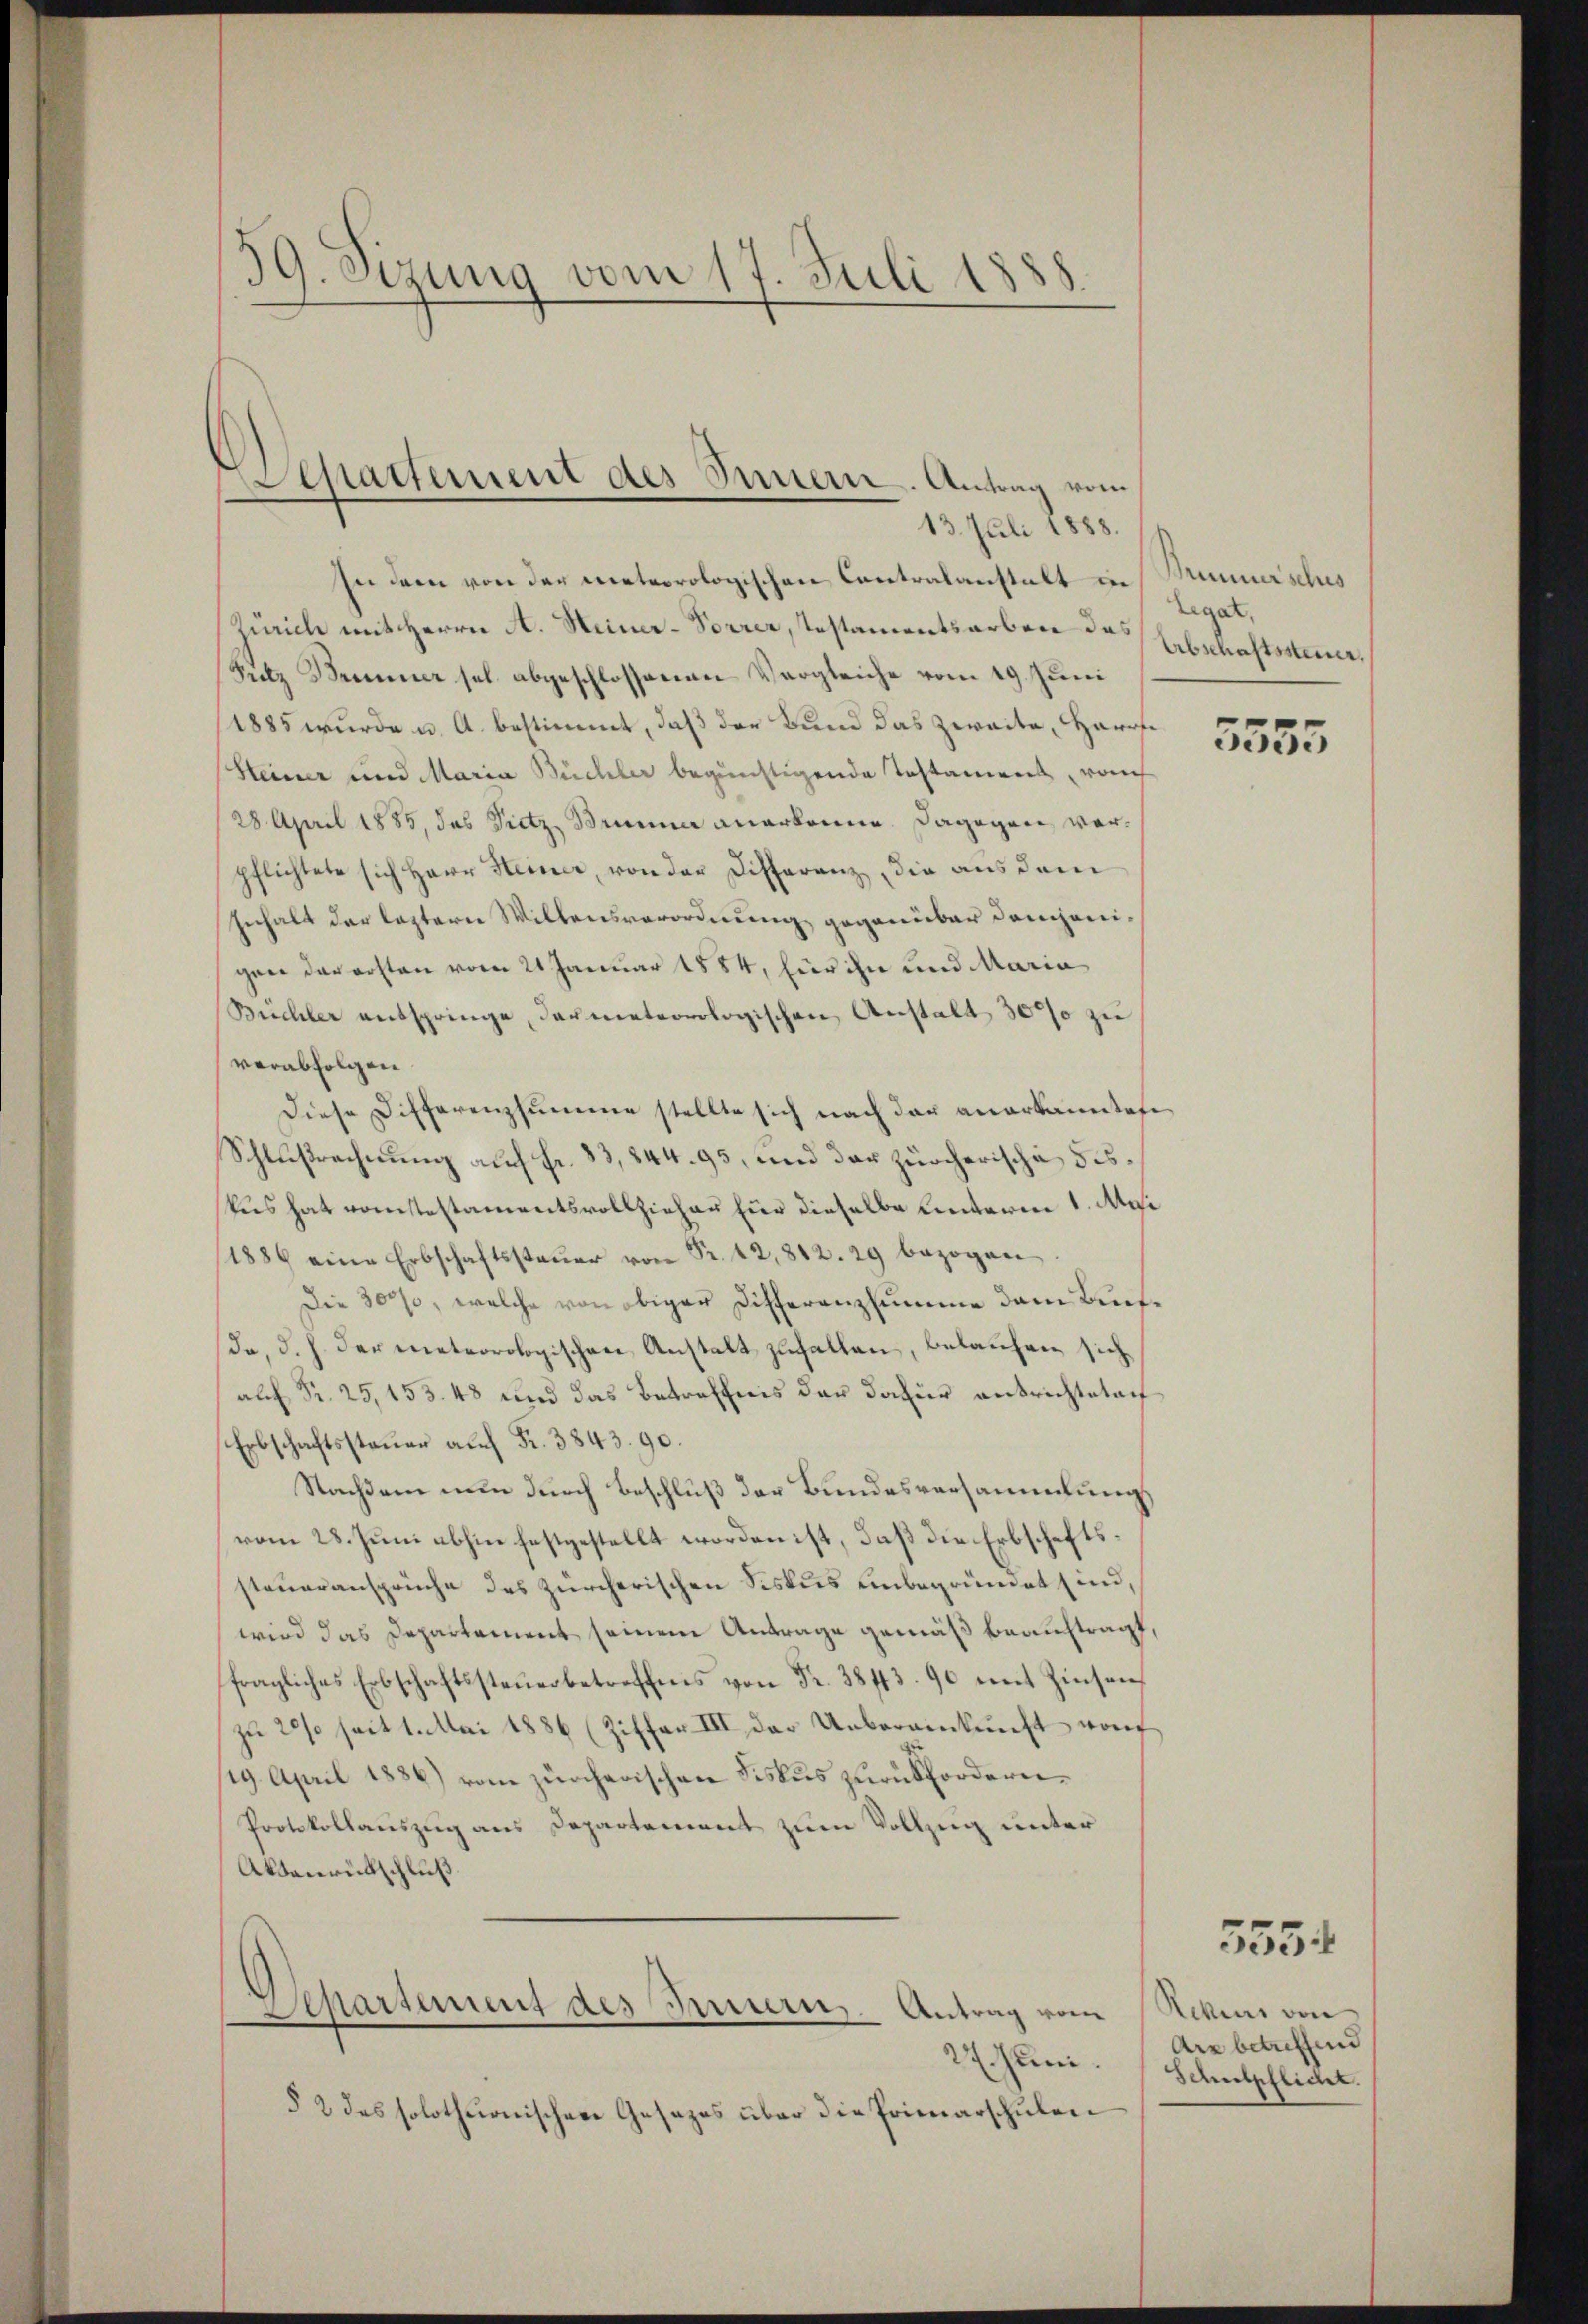
39. Sizung vom 17. Juli 1888.

Departement des Innern. Antrag vom
13. Juli 1888.

In dem von der meteorologischen Contralanstalt in Muminischus
Zürich mit Herrn A. Heiner-Forrer, Testamentsarben des Erbschaftssteue¬
Silz Brunner sel. abgeschlossenen Vergleiche vom 19. Juni
(1885 wurde u. A. bestimmt, daß der Bund das zweite, Harrfe
Heiner und Maria Büchler begünstigende Testament rauch
28 April 1885, das Pietz, Brunner anerkenne. Dagegen verpflichtete sich Herr Heiner, von der Differenz, die aus dem
Inhalt der leztern Willensverordnung gegenüber demjenigaer der ersten vom 21 Januar 1884, für ihn und Maria
Büchler entspringe, darmeteorologischen Anstalt 3000 zu
verabfolgen.
Diese Differenzsumme stellte sich nach der anerkanntes
Schlußrechnung auf fr. 83, 844. 93, und das zürcherische diskus hat vorstestamentsvollziehen für dieselbe unterm 1. Mai
(1886 eine Erbschaftssteŭer von Fr. 42,812. 29 bezogen
Die 3000, welche von obiger Differenzsumme dem Buchda, d. h. der meteorologischen Anstalt zufallen, belaufen sich
alch Fr. 25, 153. 48 und das Betreffnis der dafür ausrichteten
Erbschaftssteuer auf Fr. 3843. 90.
Nachdem nun durch Beschluß der Bundesversammlung
vom 28. Juni abhin festgestellt worden ist, daß die Erbschaftssteueransprüche des zürcherischen Siskus unbegründet sind,
wird das Departement seinem Antrage gemäß beauftragt,
fragliches Erbschaftssteuerbetreffens von Fr. 38173. 90 mit Zinsen
zu 20% seit 1. Mai 1886 (Ziffer III der Uebereinkunft von
19. April 1886.) vom zürcherischen Fiskus zurückforderen¬
Protokollauszug aus Departement zum Vollzug unter
Abbanrückschluß
Separtement des Innern. Antrag vom
27. Juni. Schulpflicht.
§ 2 des solothurnischen Gesezes über die Primarschulen

Legat,

5555

Rekens von
Arr betreffend

5554